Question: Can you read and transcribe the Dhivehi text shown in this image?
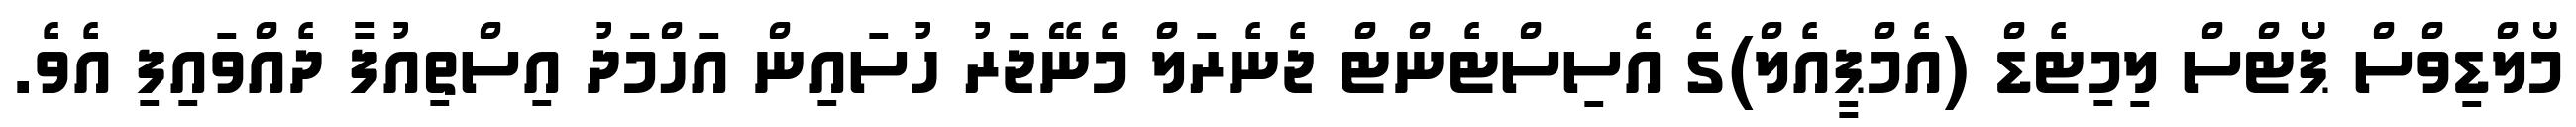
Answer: މޯލްޑިވްސް ޕޯޓްސް ލިމިޓެޑް (އެމްޕީއެލް)ގެ އެސިސްޓެންޓް ޖެނެރަލް މެނޭޖަރު ހުސައިން އަހްމަދު އިސްތިއުފާ ދެއްވައިފި އެވެ.